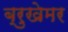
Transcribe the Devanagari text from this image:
ब्रुखेमर